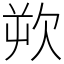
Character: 欮